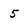
Character: 5